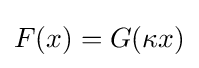
F(x)=G(\kappa x)